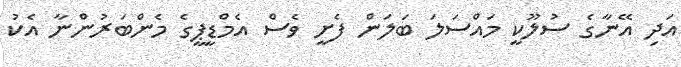
އަދި އޭނާގެ ސުލޫކީ މައްސަލަ ބަލަން ފެށީ ވެސް އެމްޑީޕީގެ މެންބަރުންނާ އެކު